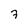
Character: 7